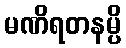
မဏိရတနမ္ပိ